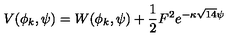
{ V ( \phi _ { k } , \psi ) = W ( \phi _ { k } , \psi ) + \frac { 1 } { 2 } F ^ { 2 } e ^ { - \kappa \sqrt { 1 4 } \psi } }